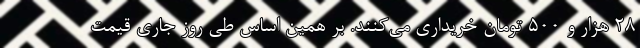
۲۸ هزار و ۵۰۰ تومان خریداری می‌کنند. بر همین‌ اساس طی روز جاری قیمت